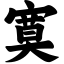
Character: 寞